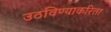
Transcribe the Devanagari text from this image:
उठविण्याकरिता